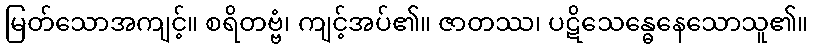
မြတ်သောအကျင့်။ စရိတဗ္ဗံ၊ ကျင့်အပ်၏။ ဇာတဿ၊ ပဋိသေန္ဓေနေသောသူ၏။